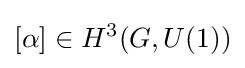
[\alpha ]\in H^{3}(G,U(1))